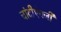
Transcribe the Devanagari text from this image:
चांदीऐवजी